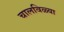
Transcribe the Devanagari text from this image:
चालविळ्या